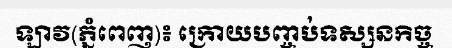
ឡាវ(ភ្នំពេញ)៖ ក្រោយបញ្ចប់ទស្សនកិច្ច